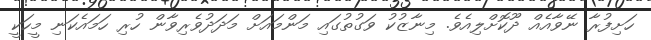
ހަށިފުރާ ނޭވާއެއް ދޫކޮށްލިއެވެ. މިނާޒުކު ވަގުތުގައި މަންމައަށް މަދަދުވެރިވާން ހުރި ހަމައެކަނި މީހަކީ